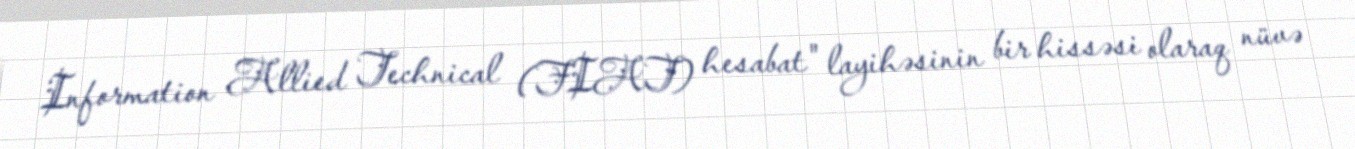
Information Allied Technical (FIAT) hesabat" layihəsinin bir hissəsi olaraq nüvə